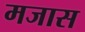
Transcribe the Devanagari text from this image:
मजास